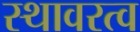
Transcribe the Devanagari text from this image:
स्थावरत्व